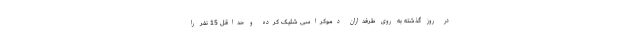
در روز گذشته به روی طرفداران دموکراسی شلیک کرده‌ و حداقل 15 نفر را